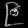
Digit: ၉